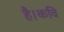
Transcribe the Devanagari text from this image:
है।कवि